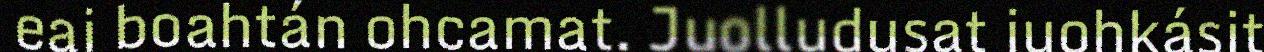
eai boahtán ohcamat. Juolludusat juohkásit